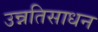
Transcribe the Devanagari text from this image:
उन्नतिसाधन